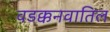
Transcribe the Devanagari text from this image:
वडक्कनवातिल